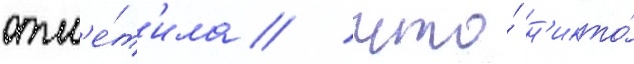
отм'е́т'ила / что́ н'икто́